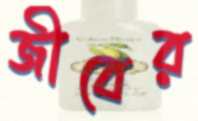
জীবের